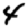
Digit: 4